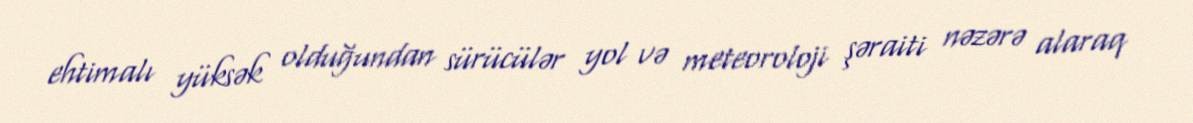
ehtimalı yüksək olduğundan sürücülər yol və meteoroloji şəraiti nəzərə alaraq